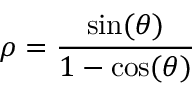
\rho = \frac { \sin ( \theta ) } { 1 - \cos ( \theta ) }